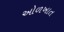
ઓળખાત